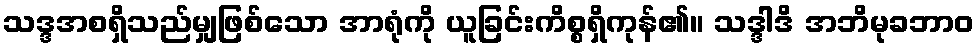
သဒ္ဒအစရှိသည်မျှဖြစ်သော အာရုံကို ယူခြင်းကိစ္စရှိကုန်၏။ သဒ္ဒါဒိ အဘိမုခဘာဝ